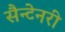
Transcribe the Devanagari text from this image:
सैन्टेनरी